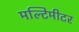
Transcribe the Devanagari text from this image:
मल्टिमीटर